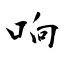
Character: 响